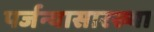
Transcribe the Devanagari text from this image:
पर्जन्यासारख्या